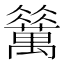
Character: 𱵻